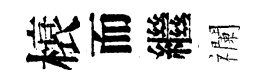
榱而繼襴